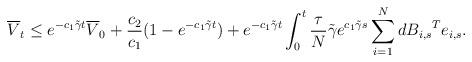
LaTeX: \begin{align*}\overline{V}_t \le e^{-c_1\tilde{\gamma} t}\overline{V}_0+\frac{c_2}{c_1}(1-e^{-c_1\tilde{\gamma}t})+e^{-c_1\tilde{\gamma} t}\int_{0}^{t}\frac{\tau}{N} \tilde{\gamma}e^{c_1\tilde{\gamma} s} \sum_{i=1}^N {dB_{i,s}}^Te_{i,s}.\end{align*}